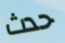
حدث